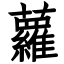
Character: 蘿